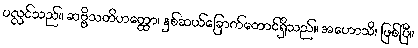
ပလ္လင်သည်။ ဆဗ္ဗိသတိဟတ္ထော၊ နှစ်ဆယ်ခြောက်တောင်ရှိသည်။ အဟောသိ၊ ဖြစ်ပြီ။